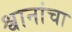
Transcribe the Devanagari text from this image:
श्वानांचा